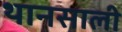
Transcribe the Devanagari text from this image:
थानसाली